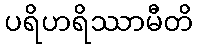
ပရိဟရိဿာမီတိ